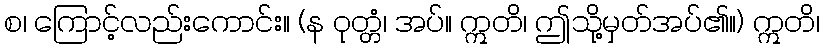
စ၊ ကြောင့်လည်းကောင်း။ (န ဝုတ္တံ၊ အပ်။ ဣတိ၊ ဤသို့မှတ်အပ်၏။) ဣတိ၊